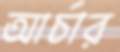
আর্চার